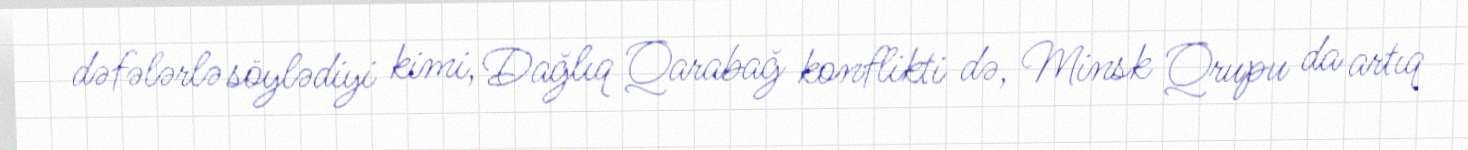
dəfələrlə söylədiyi kimi, Dağlıq Qarabağ konflikti də, Minsk Qrupu da artıq